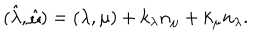
( \hat { \lambda } , \hat { \mu } ) = ( \lambda , \mu ) + k _ { \lambda } n _ { \mu } + k _ { \mu } n _ { \lambda } .